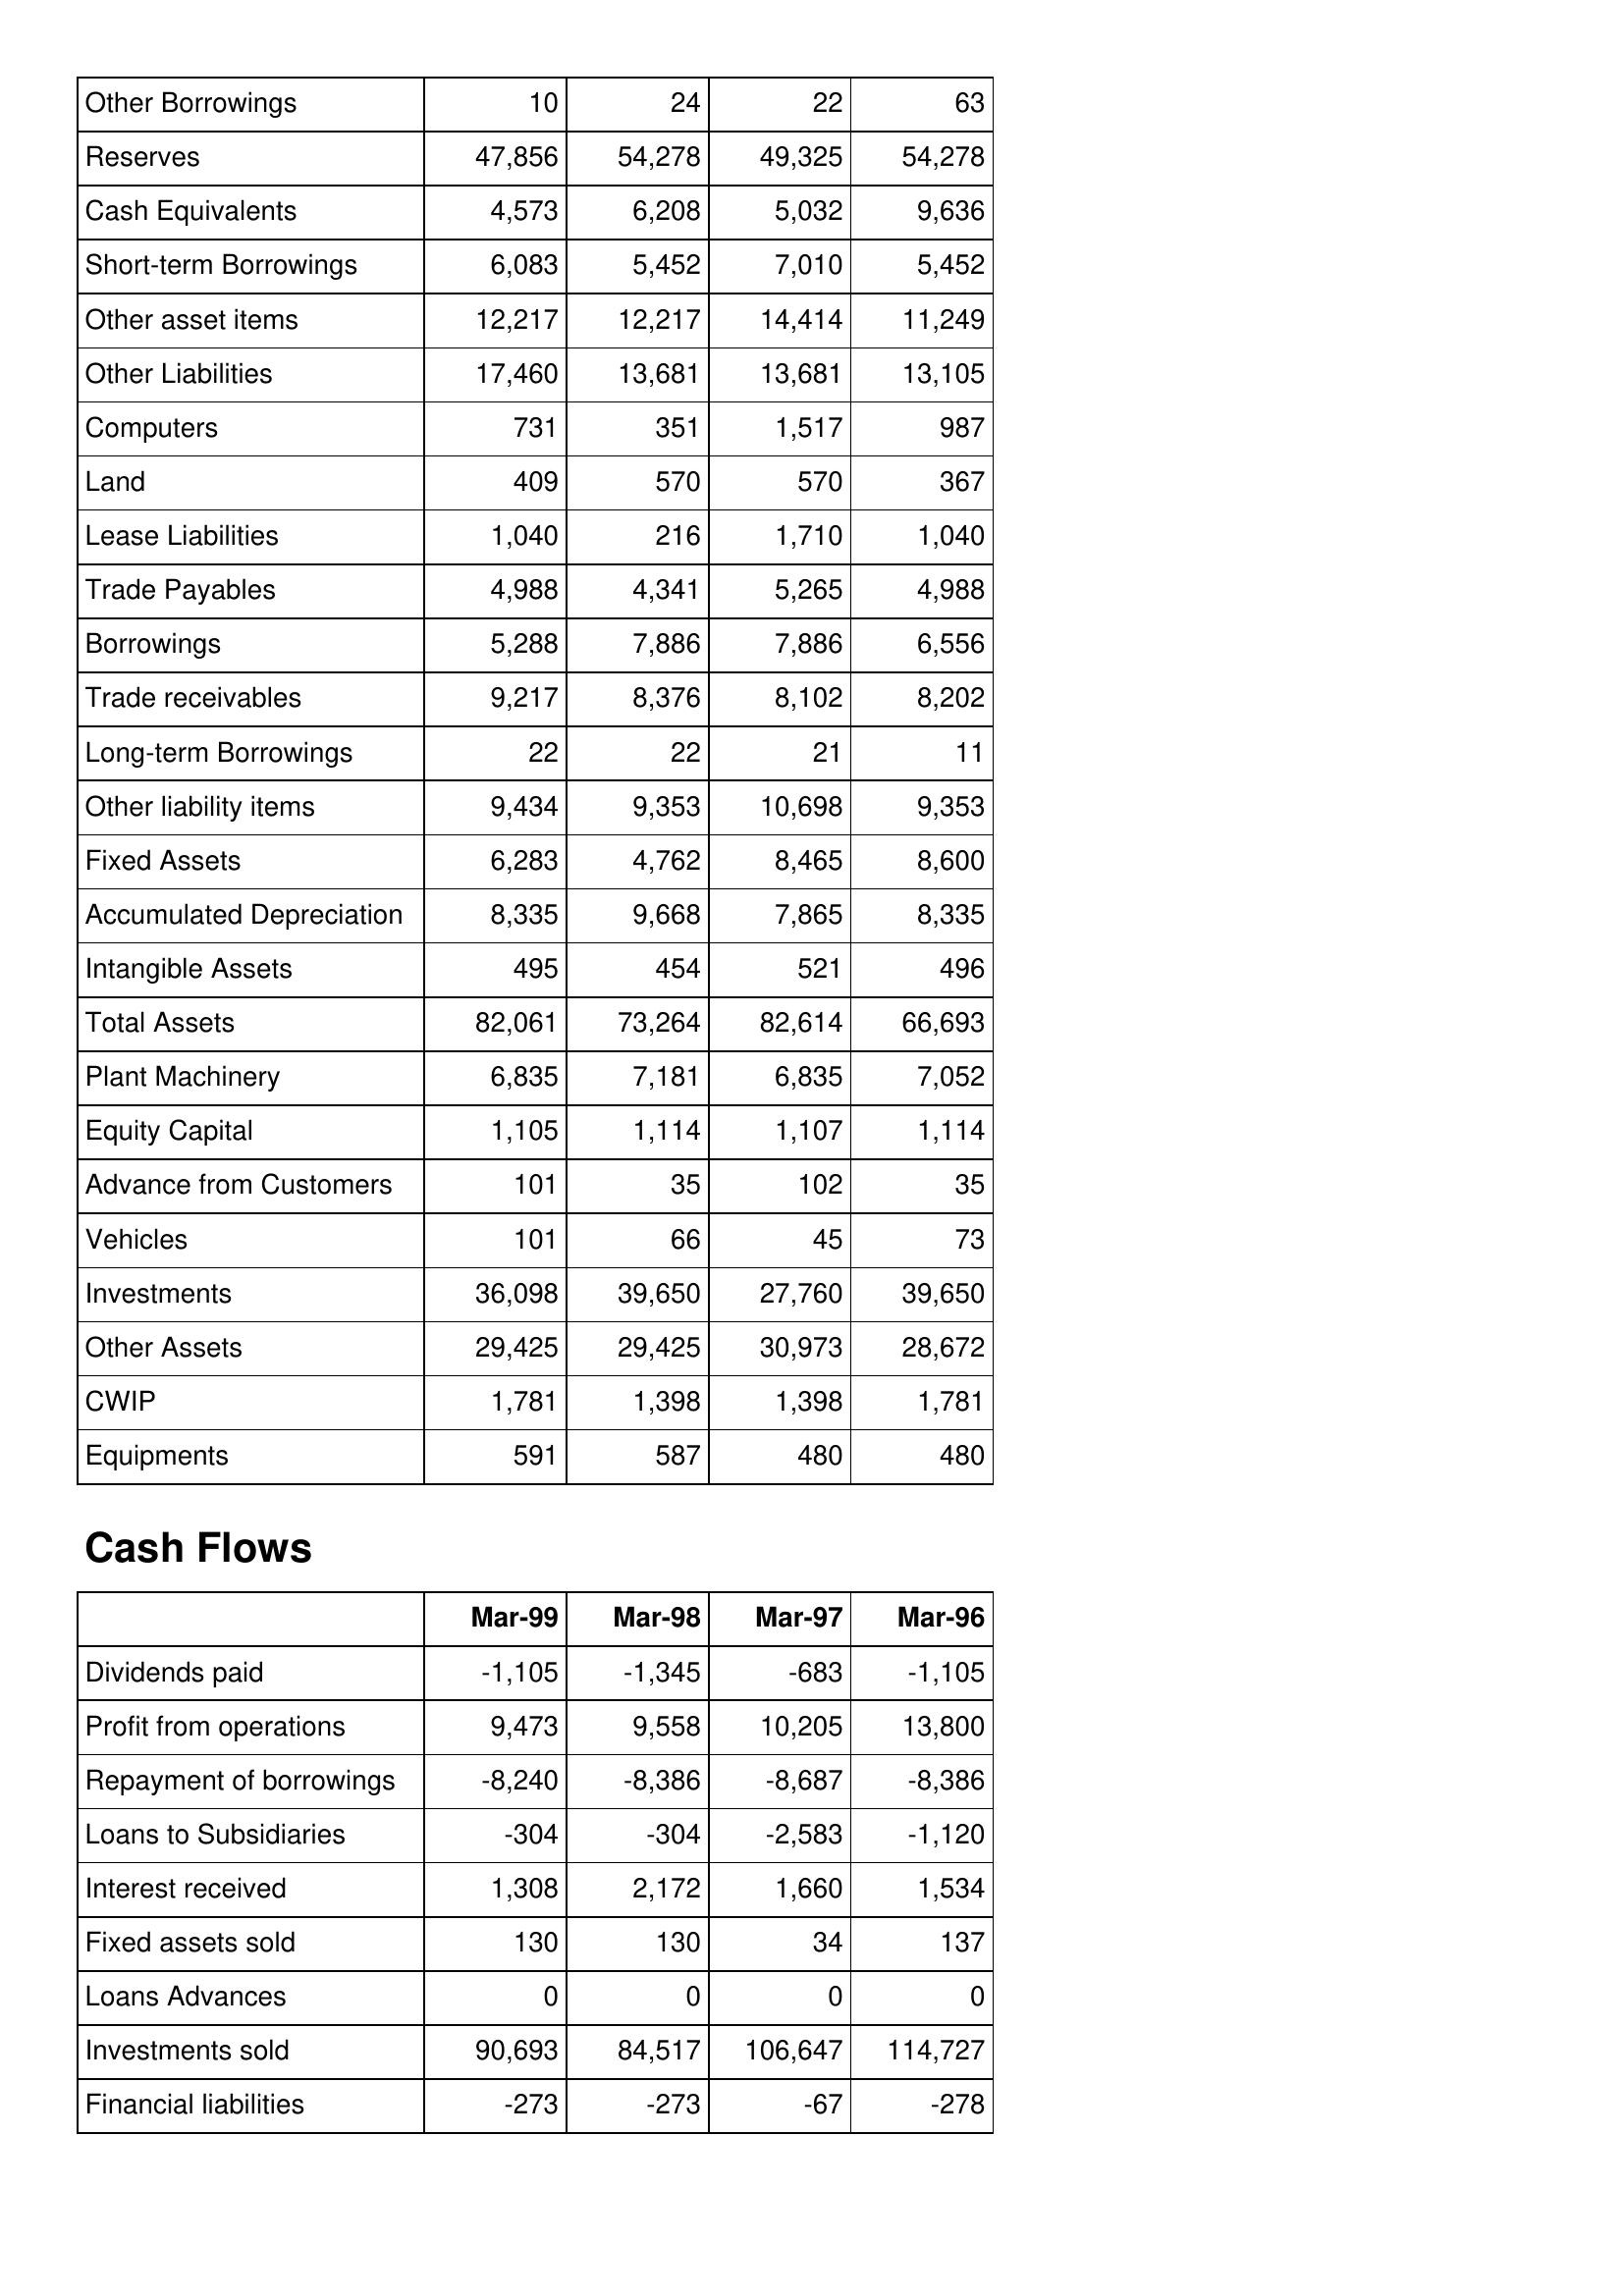
Mar-99: Balance Sheet: Other Borrowings: 10
Reserves: 47,856
Cash Equivalents: 4,573
Short-term Borrowings: 6,083
Other asset items: 12,217
Other Liabilities: 17,460
Computers: 731
Land: 409
Lease Liabilities: 1,040
Trade Payables: 4,988
Borrowings: 5,288
Trade receivables: 9,217
Long-term Borrowings: 22
Other liability items: 9,434
Fixed Assets: 6,283
Accumulated Depreciation: 8,335
Intangible Assets: 495
Total Assets: 82,061
Plant Machinery: 6,835
Equity Capital: 1,105
Advance from Customers: 101
Vehicles: 101
Investments: 36,098
Other Assets: 29,425
CWIP: 1,781
Equipments: 591
Cash Flows: Dividends paid: -1,105
Profit from operations: 9,473
Repayment of borrowings: -8,240
Loans to Subsidiaries: -304
Interest received: 1,308
Fixed assets sold: 130
Loans Advances: 0
Investments sold: 90,693
Financial liabilities: -273
Mar-98: Balance Sheet: Other Borrowings: 24
Reserves: 54,278
Cash Equivalents: 6,208
Short-term Borrowings: 5,452
Other asset items: 12,217
Other Liabilities: 13,681
Computers: 351
Land: 570
Lease Liabilities: 216
Trade Payables: 4,341
Borrowings: 7,886
Trade receivables: 8,376
Long-term Borrowings: 22
Other liability items: 9,353
Fixed Assets: 4,762
Accumulated Depreciation: 9,668
Intangible Assets: 454
Total Assets: 73,264
Plant Machinery: 7,181
Equity Capital: 1,114
Advance from Customers: 35
Vehicles: 66
Investments: 39,650
Other Assets: 29,425
CWIP: 1,398
Equipments: 587
Cash Flows: Dividends paid: -1,345
Profit from operations: 9,558
Repayment of borrowings: -8,386
Loans to Subsidiaries: -304
Interest received: 2,172
Fixed assets sold: 130
Loans Advances: 0
Investments sold: 84,517
Financial liabilities: -273
Mar-97: Balance Sheet: Other Borrowings: 22
Reserves: 49,325
Cash Equivalents: 5,032
Short-term Borrowings: 7,010
Other asset items: 14,414
Other Liabilities: 13,681
Computers: 1,517
Land: 570
Lease Liabilities: 1,710
Trade Payables: 5,265
Borrowings: 7,886
Trade receivables: 8,102
Long-term Borrowings: 21
Other liability items: 10,698
Fixed Assets: 8,465
Accumulated Depreciation: 7,865
Intangible Assets: 521
Total Assets: 82,614
Plant Machinery: 6,835
Equity Capital: 1,107
Advance from Customers: 102
Vehicles: 45
Investments: 27,760
Other Assets: 30,973
CWIP: 1,398
Equipments: 480
Cash Flows: Dividends paid: -683
Profit from operations: 10,205
Repayment of borrowings: -8,687
Loans to Subsidiaries: -2,583
Interest received: 1,660
Fixed assets sold: 34
Loans Advances: 0
Investments sold: 106,647
Financial liabilities: -67
Mar-96: Balance Sheet: Other Borrowings: 63
Reserves: 54,278
Cash Equivalents: 9,636
Short-term Borrowings: 5,452
Other asset items: 11,249
Other Liabilities: 13,105
Computers: 987
Land: 367
Lease Liabilities: 1,040
Trade Payables: 4,988
Borrowings: 6,556
Trade receivables: 8,202
Long-term Borrowings: 11
Other liability items: 9,353
Fixed Assets: 8,600
Accumulated Depreciation: 8,335
Intangible Assets: 496
Total Assets: 66,693
Plant Machinery: 7,052
Equity Capital: 1,114
Advance from Customers: 35
Vehicles: 73
Investments: 39,650
Other Assets: 28,672
CWIP: 1,781
Equipments: 480
Cash Flows: Dividends paid: -1,105
Profit from operations: 13,800
Repayment of borrowings: -8,386
Loans to Subsidiaries: -1,120
Interest received: 1,534
Fixed assets sold: 137
Loans Advances: 0
Investments sold: 114,727
Financial liabilities: -278